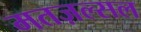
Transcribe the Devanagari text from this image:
मतज़ल्सल